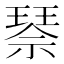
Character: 𰢌